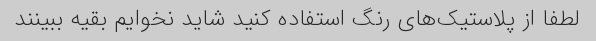
لطفا از پلاستیک‌های رنگ استفاده کنید شاید نخوایم بقیه ببینند